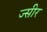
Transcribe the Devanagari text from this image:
ज्सीर